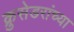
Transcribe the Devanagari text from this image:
क्रुसेडरांच्या